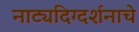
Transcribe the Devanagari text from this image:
नाट्यदिग्दर्शनाचे